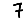
Digit: 7